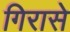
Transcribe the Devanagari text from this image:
गिरासे